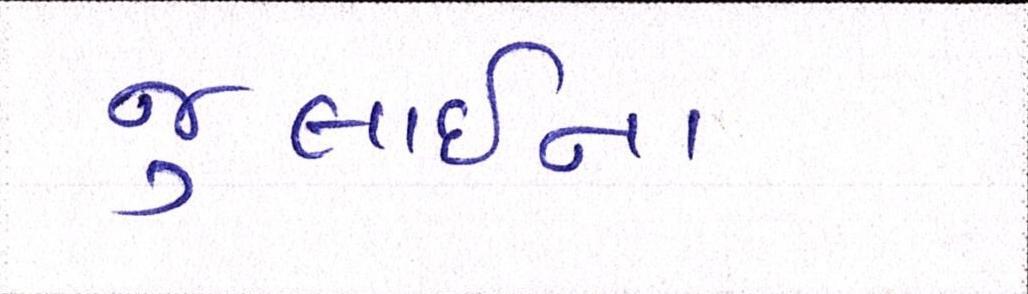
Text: જુલાઈના